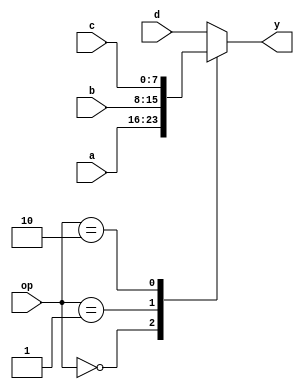
module muxALU(a, b, c, d, op, y);

input [7:0] a;
input [7:0] b;
input [7:0] c;
input [7:0] d;
input [1:0] op;

output [7:0] y;
//reg [1:0] op;
reg [7:0] y;

always @ (a or b or c or d or op )
begin
	// We can use case statement also instead of if-Else Ladder

	case(op)
	2'b00 : y = a;
	2'b01 : y = b;
	2'b10 : y = c;
	default : y = d;
	endcase
		

	/*if ( op == 0 )
	begin
		y = a;
	end
	
	else if ( op == 1 )
	begin
		y = b;
	end

	else if ( op == 2 )
	begin
		y = c;
	end
	
	else 
	begin
		y = d;
	end
*/
end
endmodule